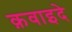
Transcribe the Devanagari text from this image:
क़वाइदे